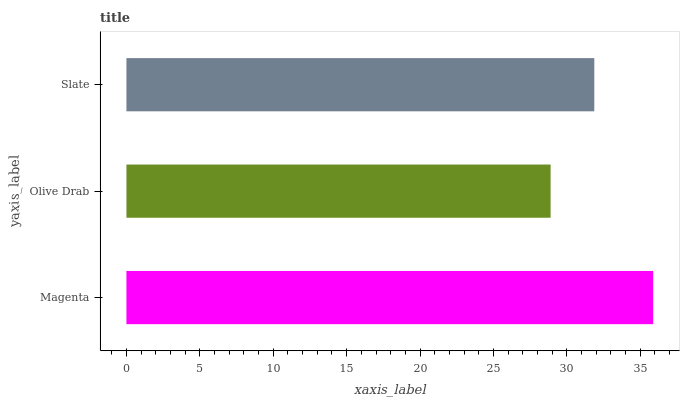
| yaxis_label | bars |
 | --- | --- |
 | Magenta | 35.9 |
 | Olive Drab | 28.9 |
 | Slate | 31.9 |